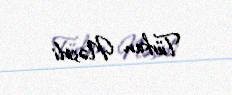
Türkan Nəsirli